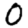
Digit: 0